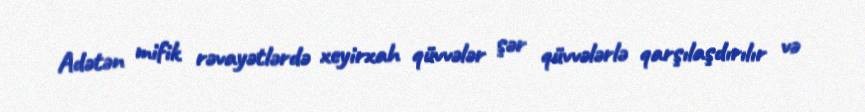
Adətən mifik rəvayətlərdə xeyirxah qüvvələr şər qüvvələrlə qarşılaşdırılır və